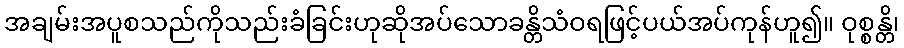
အချမ်းအပူစသည်ကိုသည်းခံခြင်းဟုဆိုအပ်သောခန္တိသံဝရဖြင့်ပယ်အပ်ကုန်ဟူ၍။ ဝုစ္စန္တိ၊